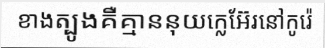
ខាងត្បូងគឺគ្មាននុយក្លេអ៊ែរនៅកូរ៉េ